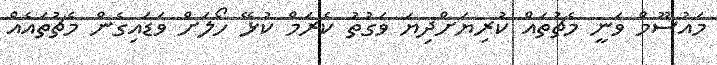
މައުސޫމް ވަނީ މެޗުތައް ކުރިޔަށްދިޔަ ވަގުތު ކެރަމް ކުޅޭ ހޯލަށް ވަޑައިގެން މެޗުތައެއް